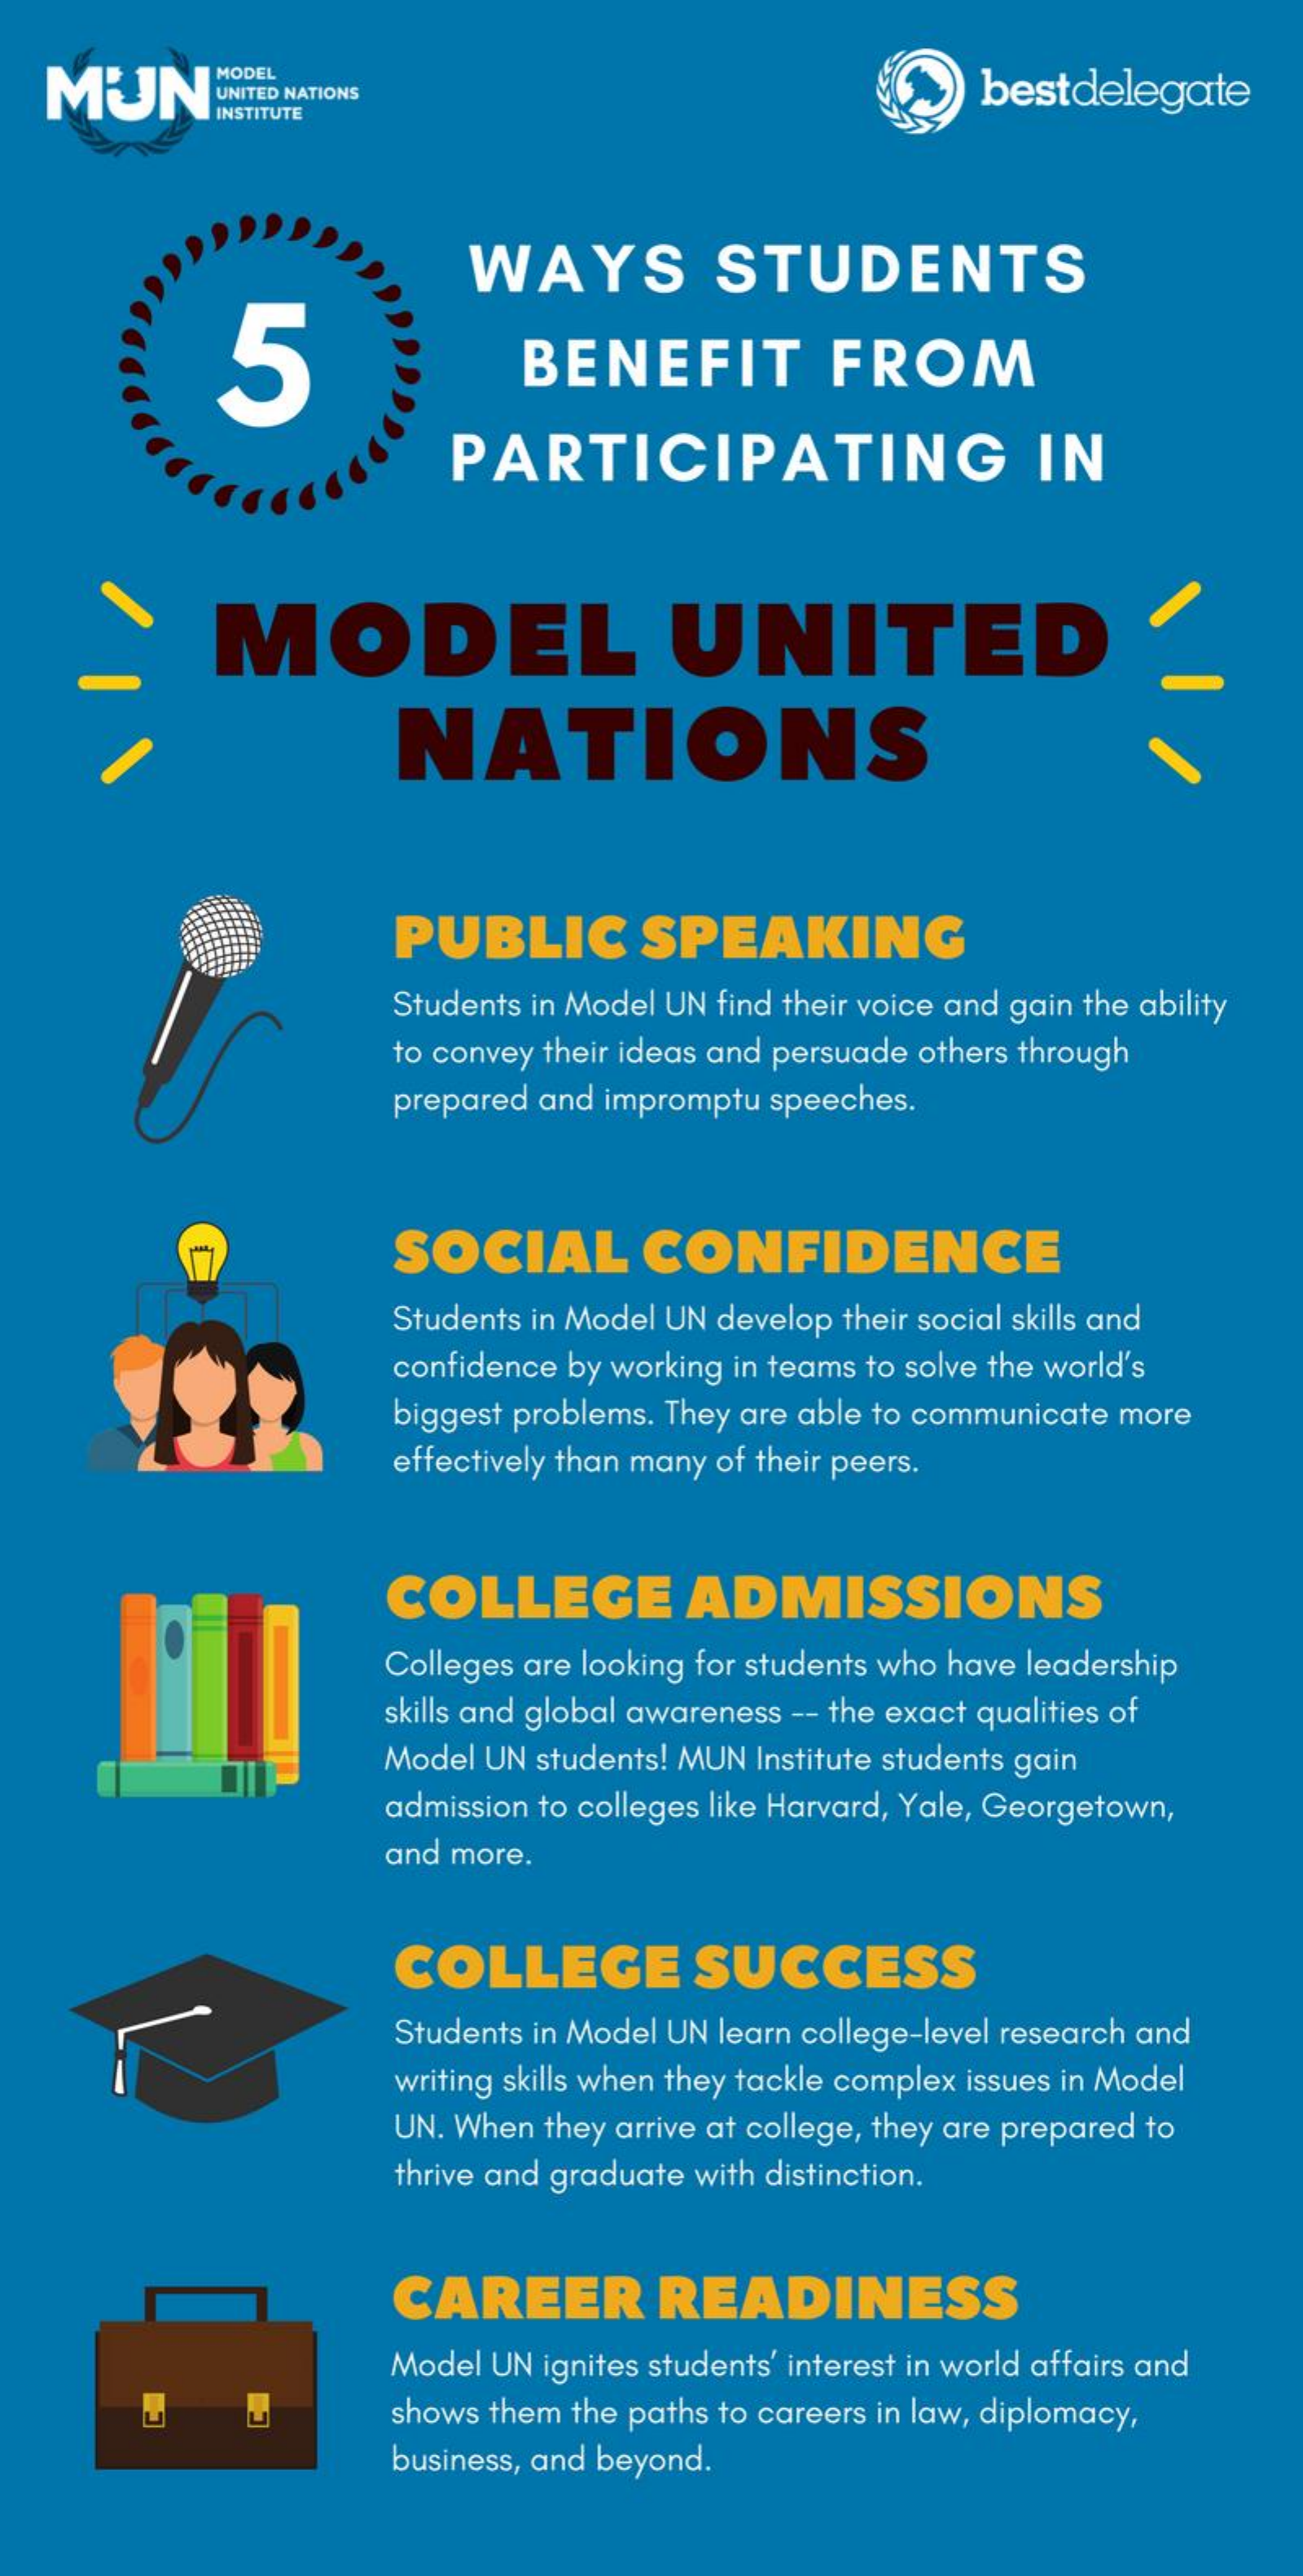
MUN
     MODEL
     bestdelegate
     INSTITUTE
     5
     WAYS    STUDENTS
     BENEFIT    FROM
     PARTICIPATING    IN
     MODEL    UNITED
     NATIONS
     PUBLIC    SPEAKING
     Students in Model UN find their voice and gain the ability
     to convey their ideas and persuade others through
     prepared and impromptu speeches.
     SOCIAL    CONFIDENCE
     Students in Model UN develop their social skills and
     confidence by working in teams to solve the world's
     biggest problems. They are able to communicate more
     effectively than many of their peers.
     COLLEGE    ADMISSIONS
     Colleges are looking for students who have leadership
     skills and global awareness -- the exact qualities of
     Model UN students! MUN Institute students gain
     admission to colleges like Harvard, Yale, Georgetown,
     and more.
     COLLEGE    SUCCESS
     Students in Model UN learn college-level research and
     writing skills when they tackle complex issues in Model
     UN. When they arrive at college, they are prepared to
     thrive and graduate with distinction.
     CAREER    READINESS
     Model UN ignites students' interest in world affairs and
     shows them the paths to careers in law, diplomacy,
     business, and beyond.